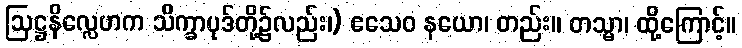
ဩဋ္ဌနိလ္လေဟက သိက္ခာပုဒ်တို့၌လည်း၊) ဧသေဝ နယော၊ တည်း။ တသ္မာ၊ ထို့ကြောင့်။